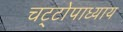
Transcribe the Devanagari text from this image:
चट्‌टोपाध्याय